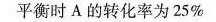
平衡时A的转化率为25%